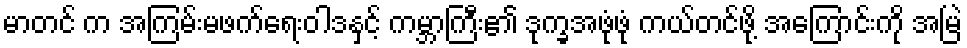
မာတင် က အကြမ်းမဖက်ရေးဝါဒနှင့် ကမ္ဘာကြီး၏ ဒုက္ခအဖုံဖုံ ကယ်တင်ဖို့ အကြောင်းကို အမြဲ